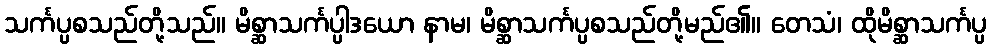
သင်္ကပ္ပစသည်တို့သည်။ မိစ္ဆာသင်္ကပ္ပါဒယော နာမ၊ မိစ္ဆာသင်္ကပ္ပစသည်တို့မည်၏။ တေသံ၊ ထိုမိစ္ဆာသင်္ကပ္ပ